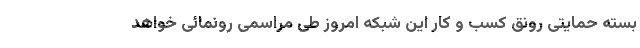
بسته حمایتی رونق کسب و کار این شبکه امروز طی مراسمی رونمائی خواهد